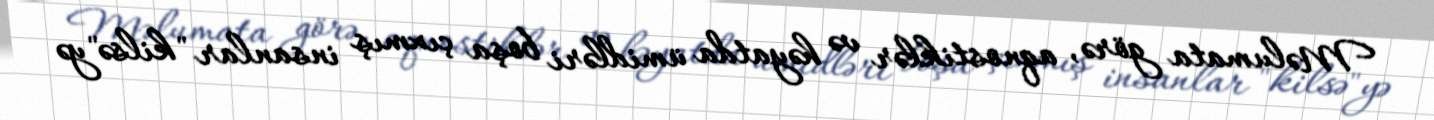
Məlumata görə, aqnostiklər və həyatda ümidləri boşa çıxmış insanlar "kilsə"yə